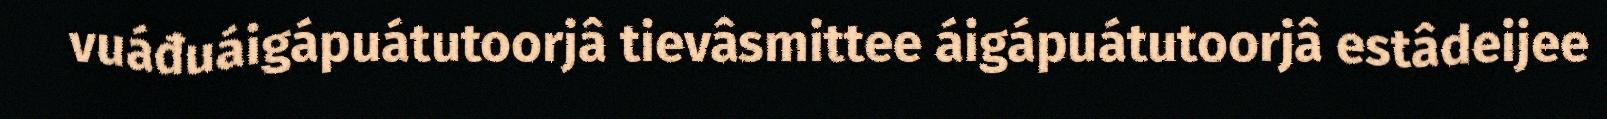
vuáđuáigápuátutoorjâ tievâsmittee áigápuátutoorjâ estâdeijee